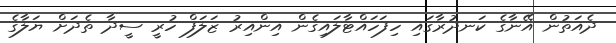
ދެއަތުން އޭނާގެ ކަނދުރާގައި ހިފަހައްޓާލައިގެން އިންއިރު ޒަލަފް ހުރީ ސީދާ ތެދަށް ޔަލާގެ